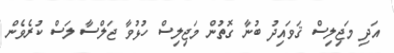
އަދި މަޖިލިސް ޤަވައިދު ބުނާ ގޮތުން މަޖިލިސް ހުޅުވާ ޖަލްސާ ލަސް ކުރެވެން